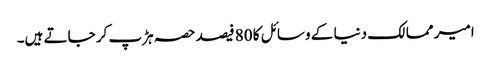
امیر ممالک دنیا کے وسائل کا 80 فیصد حصہ ہڑپ کر جاتے ہیں۔